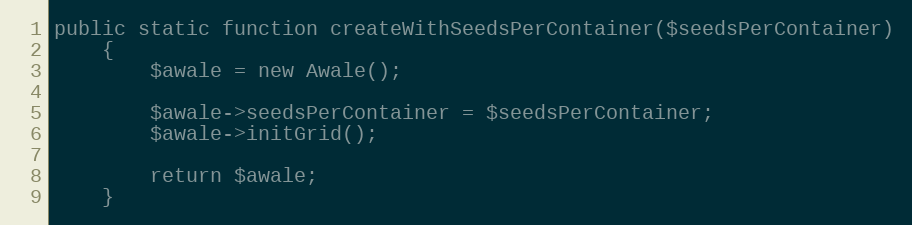
Language: PHP
public static function createWithSeedsPerContainer($seedsPerContainer)
    {
        $awale = new Awale();

        $awale->seedsPerContainer = $seedsPerContainer;
        $awale->initGrid();

        return $awale;
    }